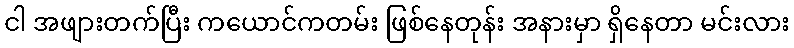
ငါ အဖျားတက်ပြီး ကယောင်ကတမ်း ဖြစ်နေတုန်း အနားမှာ ရှိနေတာ မင်းလား